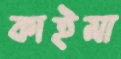
কাইমা